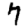
Digit: 7